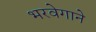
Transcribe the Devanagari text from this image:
भरवेगाने